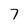
Character: 7